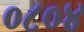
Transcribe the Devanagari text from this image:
०८०४